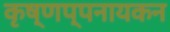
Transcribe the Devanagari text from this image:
कृष्णप्पनायकन